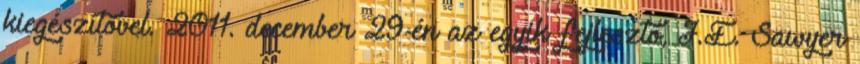
kiegészítővel. 2011. december 29-én az egyik fejlesztő, J.E. Sawyer